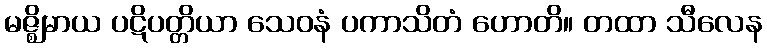
မဇ္ဈိမာယ ပဋိပတ္တိယာ သေဝနံ ပကာသိတံ ဟောတိ။ တထာ သီလေန